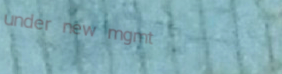
under new mgmt